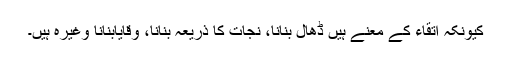
کیونکہ اتقاء کے معنے ہیں ڈھال بنانا، نجات کا ذریعہ بنانا، وِقَایابنانا وغیرہ ہیں۔